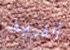
ألفريد